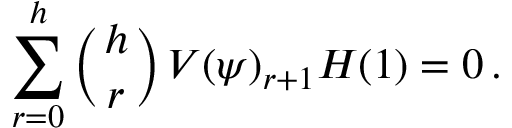
\sum _ { r = 0 } ^ { h } \left( { h \atop r } \right) V ( \psi ) _ { r + 1 } H ( 1 ) = 0 \, .